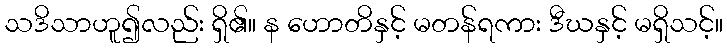
သဒိသာဟူ၍လည်း ရှိ၏။ န ဟောတိနှင့် မတန်ရကား ဒီဃနှင့် မရှိသင့်။